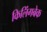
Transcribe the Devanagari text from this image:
किलिंगबेक